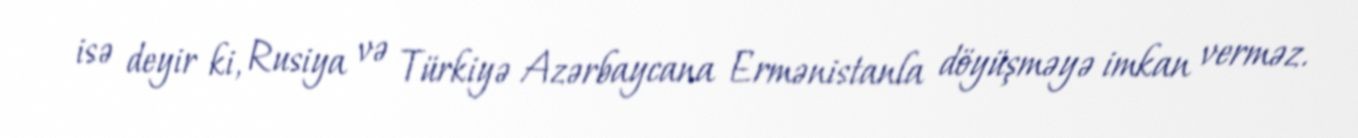
isə deyir ki, Rusiya və Türkiyə Azərbaycana Ermənistanla döyüşməyə imkan verməz.